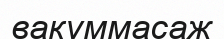
вакуммасаж